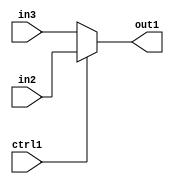
`timescale 1ps / 1ps
/*****************************************************************************
    Verilog RTL Description
    
    
    Created by: Stratus DpOpt 2019.1.01 
*******************************************************************************/

module avg_pool_N_Mux_8_2_6_1 (
	in3,
	in2,
	ctrl1,
	out1
	); /* architecture "behavioural" */ 
input [7:0] in3,
	in2;
input  ctrl1;
output [7:0] out1;
wire [7:0] asc001;

reg [7:0] asc001_tmp_0;
assign asc001 = asc001_tmp_0;
always @ (ctrl1 or in2 or in3) begin
	case (ctrl1)
		1'B1 : asc001_tmp_0 = in2 ;
		default : asc001_tmp_0 = in3 ;
	endcase
end

assign out1 = asc001;
endmodule

/* CADENCE  uLb4QgE= : u9/ySgnWtBlWxVPRXgAZ4Og= ** DO NOT EDIT THIS LINE ******/